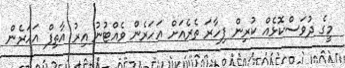
މީގެ ދުވަސްކޮޅެއް ކުރިން ފިހާރަ ތެރެއަށް އަހަރެން ވެއްޓުނު އިރު އާތިފް އަހަރެން